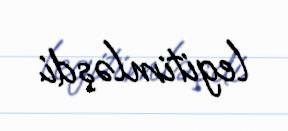
legitimləşdi.